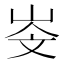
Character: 𡷁